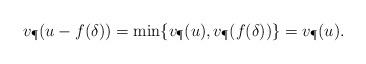
LaTeX: \begin{align*}v_{\P}(u-f(\delta))=\min\{v_{\P}(u),v_{\P}(f(\delta))\}=v_{\P}(u).\end{align*}